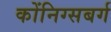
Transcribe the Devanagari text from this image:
कोंनिग्सबर्ग